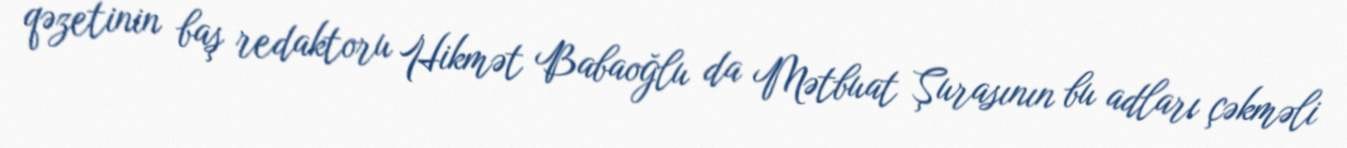
qəzetinin baş redaktoru Hikmət Babaoğlu da Mətbuat Şurasının bu adları çəkməli